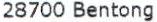
28700 BENTONG